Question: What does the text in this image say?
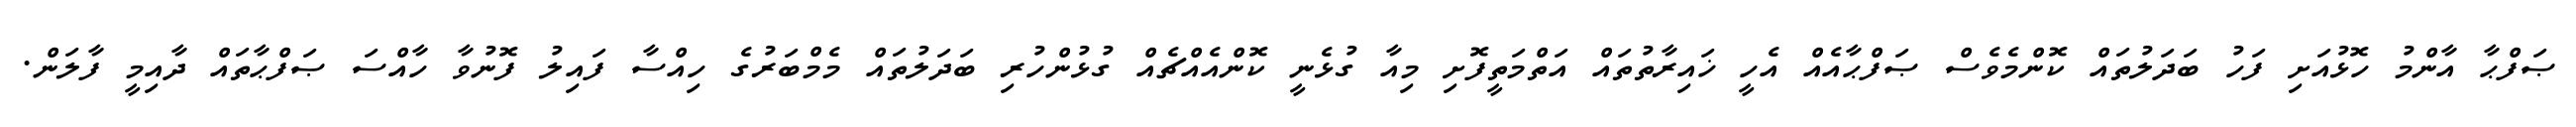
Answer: ޞަފްޙާ އާންމު ހޮޅުއަށި ފަހު ބަދަލުތައް ކޮންމެވެސް ޞަފްޙާއެއް އެހީ ޚައިރާތުތައް އަތްމަތީފޮށި މިއާ ގުޅެނީ ކޮންއެއްޗެއް ގުޅުންހުރި ބަދަލުތައް މެމްބަރުގެ ހިއްސާ ފައިލު ފޮނުވާ ހާއްސަ ޞަފްޙާތައް ދާއިމީ ފާލަން.